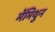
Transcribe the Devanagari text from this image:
मेंमिथुन